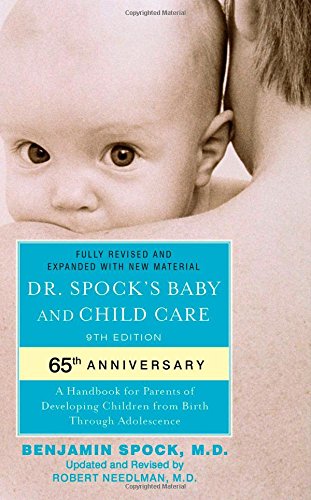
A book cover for Dr. Spock's Baby and Child Care: 9th Edition; Benjamin Spock M.D.; Arts & Photography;